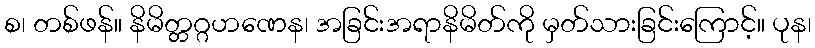
စ၊ တစ်ဖန်။ နိမိတ္တဂ္ဂဟဏေန၊ အခြင်းအရာနိမိတ်ကို မှတ်သားခြင်းကြောင့်။ ပုန၊